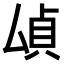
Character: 𫨫